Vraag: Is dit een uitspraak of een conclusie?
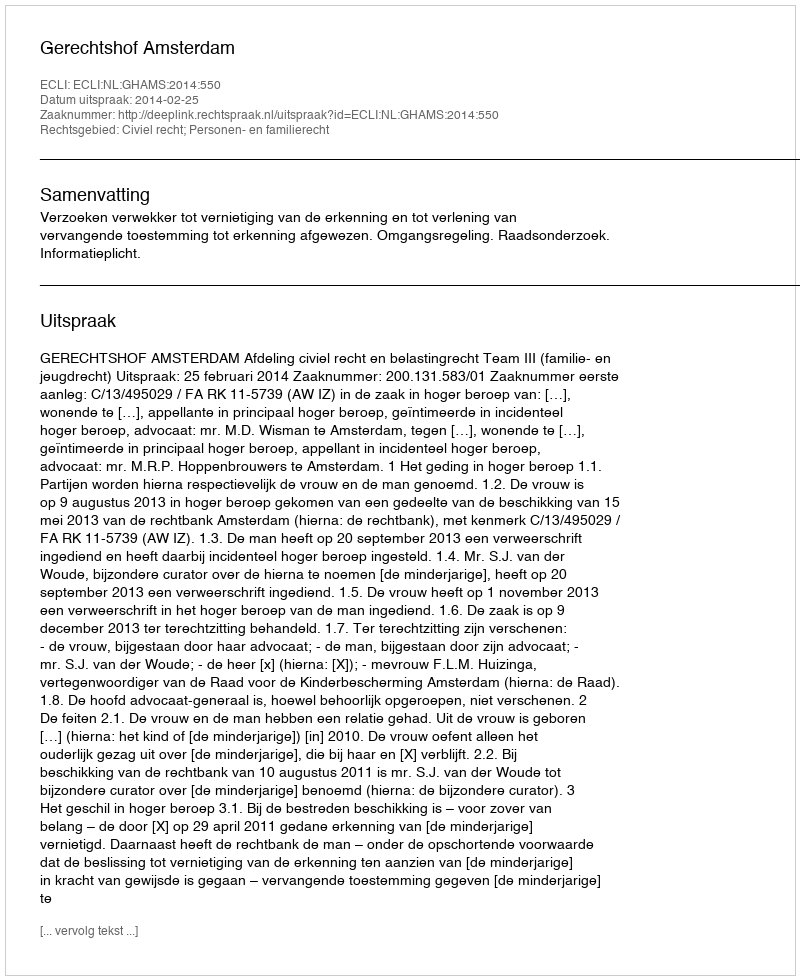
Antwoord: Uitspraak